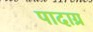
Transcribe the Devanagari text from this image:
पादाग्र